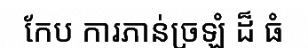
កែប ការភាន់ច្រឡំ ដ៏ ធំ